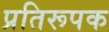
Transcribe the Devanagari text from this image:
प्रतिरूपक